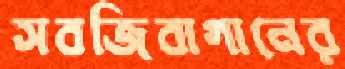
সবজিবাগানের